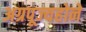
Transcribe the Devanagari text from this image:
अग्रपूज्यहोने